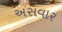
અસવાર